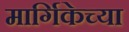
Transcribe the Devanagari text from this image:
मार्गिकेच्या